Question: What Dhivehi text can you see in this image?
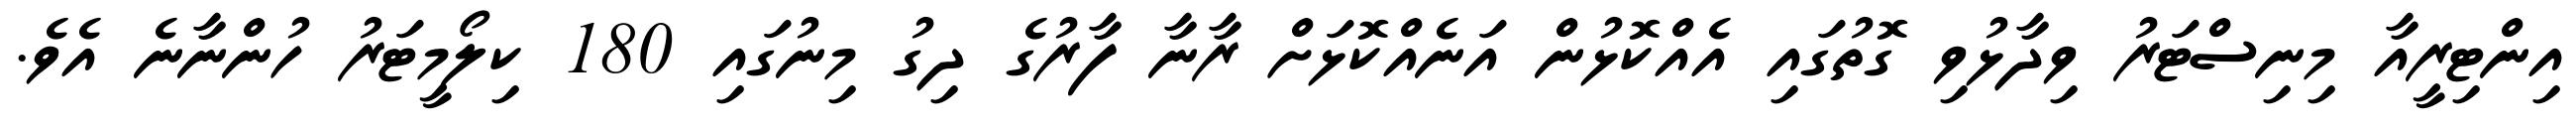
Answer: އިންޓިރީއާ މިނިސްޓަރު ވިދާޅުވި ގޮތުގައި އެއްކޮޅުން އަނެއްކޮޅަށް ރާނާ ފާރުގެ ދިގު މިނުގައި 180 ކިލޯމީޓަރު ހުންނާނެ އެވެ.